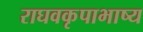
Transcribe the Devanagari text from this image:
राघवकृपाभाष्य